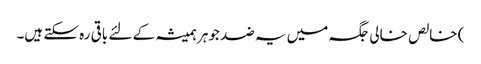
) خالص خالی جگہ میں یہ ضد جوہر ہمیشہ کے لئے باقی رہ سکتے ہیں۔